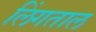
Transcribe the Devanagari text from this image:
लिंगताल